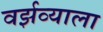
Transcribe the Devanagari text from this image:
वर्झव्याला